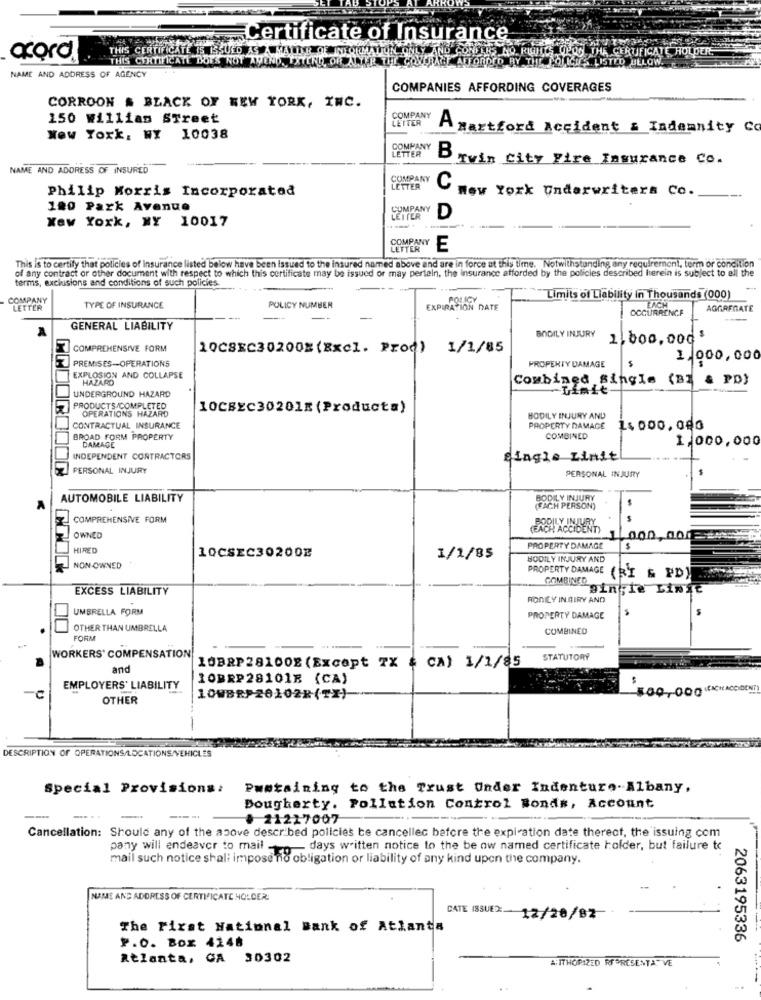
waar Certificate of Insurance
FICATE
acord
THIS CERTIFICATE DOES NOT ATTEND, Y
THIS CERTIFICATE IS ISSUED AS A MALLER OF IND ORE
Y THE POLICE- LISTED BELOW.
NAME AND ADDRESS OF AGENCY
COMPANIES AFFORDING COVERAGES
CORROON & BLACK OF NEW YORK, INC.
150 william STreet
COMPANY
LEITER
A Hartford Accident & Indemnity Co
New York. WY 10038
COMPANY
LETTER
B
Twin City Fire Insurance Co.
NAME AND ADDRESS OF INSURED
COMPANY
Philip Morris Incorporated
LETTER
new York Underwriters Co.
120 Park Avenue
COMPANY
New York, NY 10017
LEITER
D
COMPANY
LETTER
E
This is to certify that policies of insurance listed below have been issued to the insured named above and are in force at this time. Notwithstanding any requirement, term or condition
of any contract or other document with respect to which this certificate may be issued or may perteln, the Insurance afforded by the policles described herein is subject to all the
terms, exclusions and conditions of such policies
COMPANY
Limits of Liability in Thousands (000)
EACH
LETTER
TYPE OF INSURANCE
POLICY NUMBER
EXPIRATION DATE
OCCURRENCE
AGGREGATE
GENERAL LIABILITY
BODILY INJURY
1.000.000$
COMPREHENSIVE FORM
10CBKC30200E (Excl. Proc) 1/1/85
PREMISES -- OPERATIONS
1.000,000
PROPERTY DAMAGE
EXPLOSION AND COLLAPSE
HAZARD
Combined single (B] & PD)
-Limit-
UNDERGROUND HAZARD
PRODUCTS /COMPLETED
OPERATIONS HAZARD
10CBEC302018 (Products)
BODILY INJURY AND
CONTRACTUAL INSURANCE
PROPERTY DAMAGE
1. 000, 080
BROAD FORM PROPERTY
COMBINED
1,000,000
DAMAGE
INDEPENDENT CONTRACTORS
single Linit
PERSONAL INJURY
PERSONAL INJURY
AUTOMOBILE LIABILITY
BODILY INJURY
(EACH PERSON)
COMPREHENSIVE FORM
(EACH ACCIDENT)
OWNED
L 000, 00
HIRED
10CSEC30200E
PROPERTY DAMAGE
$
1/1/85
BODILY INJURY AND
NON-OWNED
PROPERTY DAMAGE (RI & PD)
COMBINED
EXCESS LIABILITY
pin;le Lin
RONILY IN BIRY AND
UMBRELLA FORM
PROPERTY DAMAGE
OTHER THAN UMBRELLA
COMBINED
FORM
WORKERS' COMPENSATION!
STATUTORY
and
10BRPZ81002 (Except TX # CA) 1/1/85
10BRP28101B (CA)
EMPLOYERS' LIABILITY
100,000(ACH ACCIDENT)
-C
OTHER
10WBRF20102R(TX)
-
DESCRIPTION OF OPERATIONS/LOCATIONS/VEHICLES
Special Provisions: Pustaining to the Trust Onder Indenture-Albany,
Dougherty. Pollution Control Bonds, Account
. 21217007
Cancellation: Should any of the above described policies te cancellec before the expiration date therect, the issuing com
pany will endeavor to mail -
days written notice to the be ow named certificate holder, but failure to
mail such notice shal: impose no obligation or liability of any kind upon the company.
NAME AND ADDRESS OF CERTIFICATE HOLDER
CATE ISSUEX 12/20/82
The First National Bank of Atlanta
P.O. Box 4248
2063195336
Atlanta, GA 30302
A:ITHORIZED REPRESENTATIVE